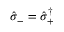
\hat { \sigma } _ { - } = \hat { \sigma } _ { + } ^ { \dag }